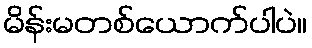
မိန်းမတစ်ယောက်ပါပဲ။